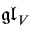
{ \mathfrak { g l } } _ { V }